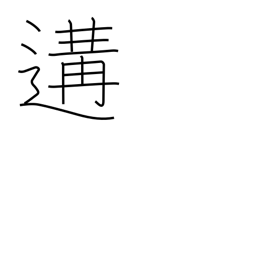
Meaning: meet